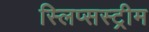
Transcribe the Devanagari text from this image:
स्लिप्सस्ट्रीम